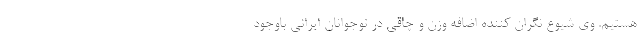
هستیم. وی شیوع نگران کننده اضافه وزن و چاقی در نوجوانان ایرانی باوجود